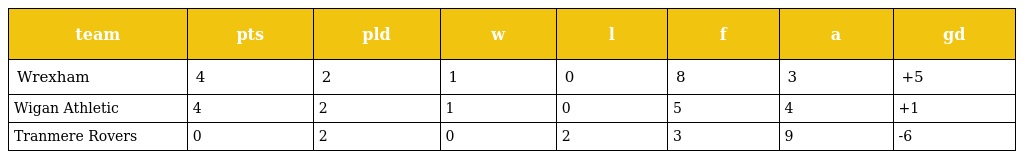
| team | pts | pld | w | l | f | a | gd |
 | --- | --- | --- | --- | --- | --- | --- | --- |
 | Wrexham | 4 | 2 | 1 | 0 | 8 | 3 | +5 |
 | Wigan Athletic | 4 | 2 | 1 | 0 | 5 | 4 | +1 |
 | Tranmere Rovers | 0 | 2 | 0 | 2 | 3 | 9 | -6 |